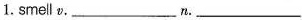
1.smell v.___ n.___